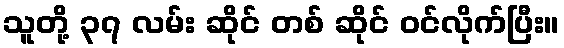
သူတို့ ၃၇ လမ်း ဆိုင် တစ် ဆိုင် ဝင်လိုက်ပြီး။